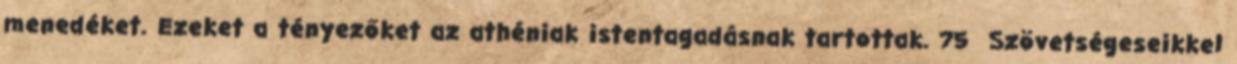
menedéket. Ezeket a tényezőket az athéniak istentagadásnak tartottak. 75 Szövetségeseikkel